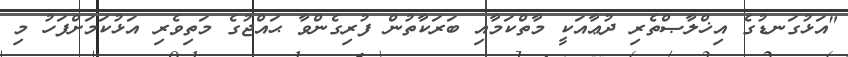
"އަޅުގަނޑުގެ އިޚްލާޞްތެރި ދުޢާއަކީ މާތްކަމާއި ބަރަކާތުން ފުރިގެންވާ ޙައްޖުގެ މަތިވެރި އަޅުކަމަށްފަހު މި